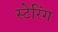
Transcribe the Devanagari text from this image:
स्टेरिंग